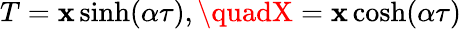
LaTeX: T=\mathbf{x}\sinh(\alpha\tau),\quadX=\mathbf{x}\cosh(\alpha\tau)